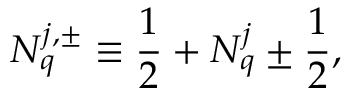
N _ { q } ^ { j , \pm } \equiv \frac { 1 } { 2 } + N _ { q } ^ { j } \pm \frac { 1 } { 2 } ,